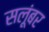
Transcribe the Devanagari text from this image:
सलूंबर